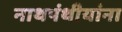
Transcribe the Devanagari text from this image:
नाथपंथीयांना